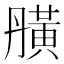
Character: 䵊